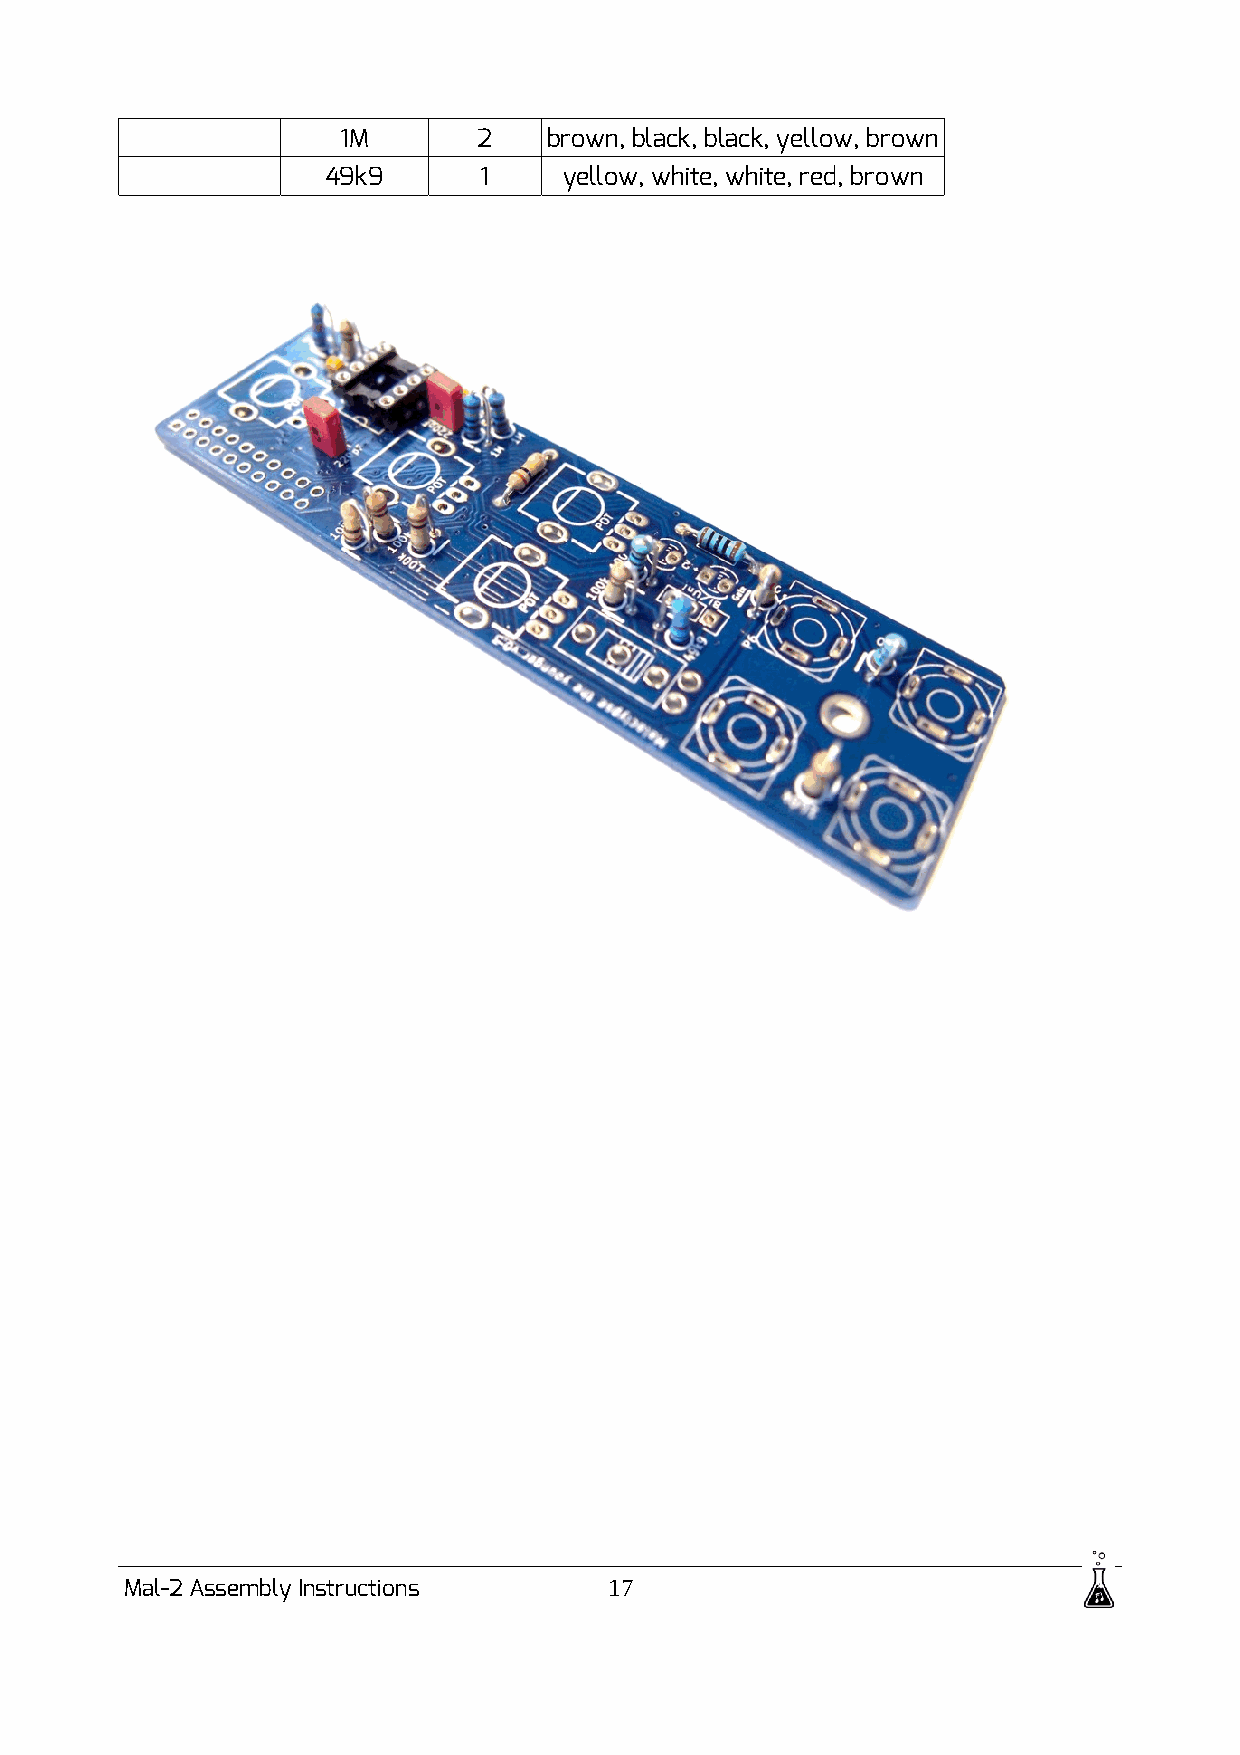
1M        2   brown, black, black, yellow, brown
 49k9      1    yellow, white, white, red, brown
 Mal-2 Assembly Instructions     17